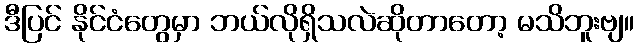
ဒီပြင် နိုင်ငံတွေမှာ ဘယ်လိုရှိသလဲဆိုတာတော့ မသိဘူးဗျ။